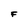
Character: F